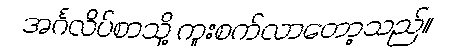
အင်္ဂလိပ်စာသို့ ကူးစက်လာတော့သည်။